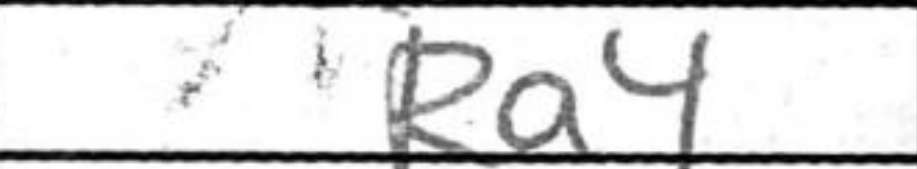
Transcription: Ra4